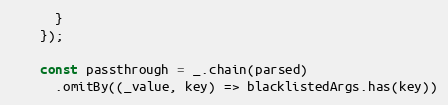
Language: JavaScript
      }
    });

    const passthrough = _.chain(parsed)
      .omitBy((_value, key) => blacklistedArgs.has(key))